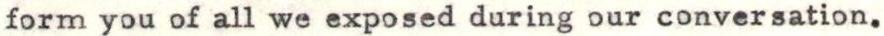
form you of all we exposed during our conversation.